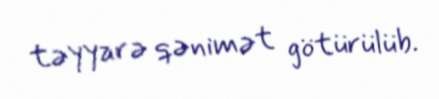
təyyarə qənimət götürülüb.